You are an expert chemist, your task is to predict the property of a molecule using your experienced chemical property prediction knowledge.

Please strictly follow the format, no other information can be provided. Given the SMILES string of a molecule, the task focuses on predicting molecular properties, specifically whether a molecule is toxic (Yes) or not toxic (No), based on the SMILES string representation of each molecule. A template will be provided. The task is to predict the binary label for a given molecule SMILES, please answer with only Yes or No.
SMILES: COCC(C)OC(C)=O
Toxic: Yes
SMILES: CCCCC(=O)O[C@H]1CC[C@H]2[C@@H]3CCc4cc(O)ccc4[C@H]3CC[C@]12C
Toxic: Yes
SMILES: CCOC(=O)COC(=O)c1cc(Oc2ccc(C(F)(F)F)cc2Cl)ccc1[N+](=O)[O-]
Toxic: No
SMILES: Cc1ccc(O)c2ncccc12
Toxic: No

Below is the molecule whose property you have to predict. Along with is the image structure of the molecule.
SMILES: CC(C)=CC1C(C(=O)OC(C#N)c2cccc(Oc3ccccc3)c2)C1(C)C
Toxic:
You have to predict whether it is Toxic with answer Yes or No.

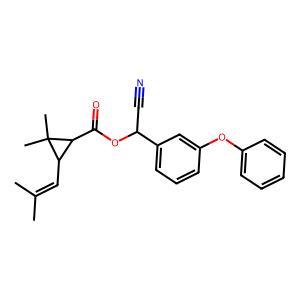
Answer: No